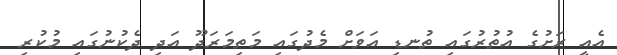
އެއީ ރަށުގެ އުތުރުގައި ތުނޑި އަވަށް މެދުގައި މަތިމަރަދޫ އަދި ދެކުނުގައި މުކުރި